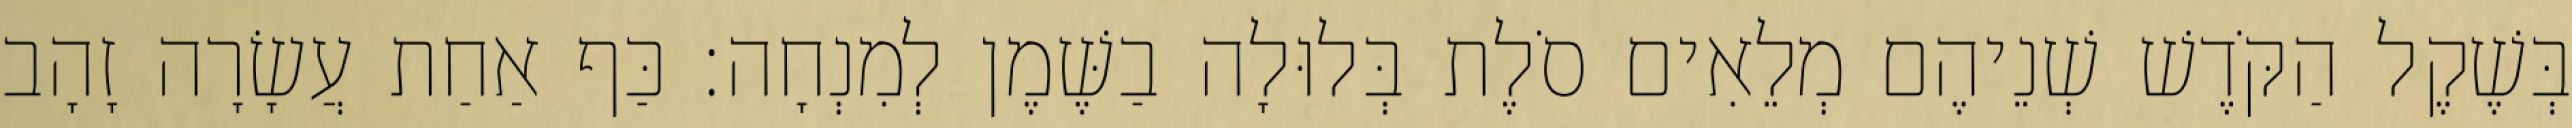
בְּשֶׁקֶל הַקֹּדֶשׁ שְׁנֵיהֶם מְלֵאִים סֹלֶת בְּלוּלָה בַשֶּׁמֶן לְמִנְחָה׃ כַּף אַחַת עֲשָׂרָה זָהָב